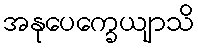
အနုပေက္ခေယျာသိ